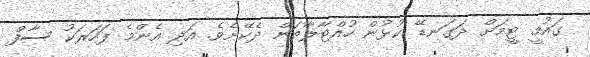
ގައުމީ ޓީމަށް ދަގަނޑޭ ކުޅުން ހުއްޓާލާތަން ދެކޭށެވެ. އަދި އެންމެ ފަހަރަކު ސާފް